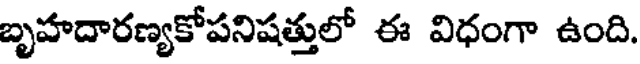
బృహదారణ్యకోపనిషత్తులో ఈ విధంగా ఉంది.